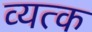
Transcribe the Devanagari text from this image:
व्यत्क